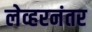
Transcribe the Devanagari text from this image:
लेव्हरनंतर